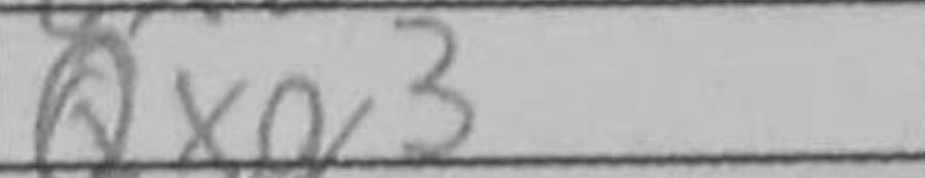
Transcription: Qxg3